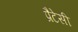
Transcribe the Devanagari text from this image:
प्रैटेसी